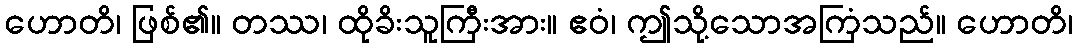
ဟောတိ၊ ဖြစ်၏။ တဿ၊ ထိုခိးသူကြီးအား။ ဧဝံ၊ ဤသို့သောအကြံသည်။ ဟောတိ၊